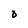
Character: O